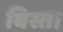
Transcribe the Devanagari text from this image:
बिस्ता